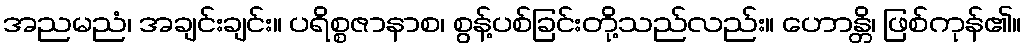
အညမညံ၊ အချင်းချင်း။ ပရိစ္စဇာနာစ၊ စွန့်ပစ်ခြင်းတို့သည်လည်း။ ဟောန္တိ၊ ဖြစ်ကုန်၏။